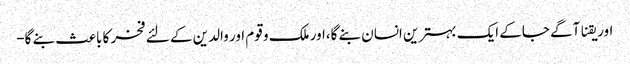
اور یقنا آگے جاکے ایک بہترین انسان بنے گا،اور ملک و قوم اور والدین کے لئے فخر کا باعث بنے گا-